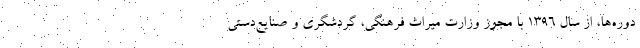
دوره‌ها، از سال ۱۳۹۶ با مجوز وزارت میراث فرهنگی، گردشگری و صنایع‌دستی